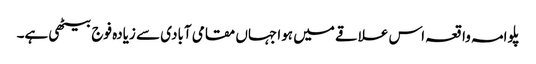
پلوامہ واقعہ اس علاقے میں ہوا جہاں مقامی آبادی سے زیادہ فوج بیٹھی ہے۔